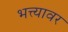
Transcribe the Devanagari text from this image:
भत्त्यावर